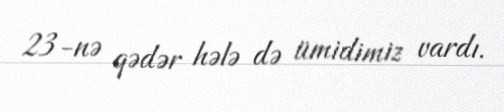
23-nə qədər hələ də ümidimiz vardı.